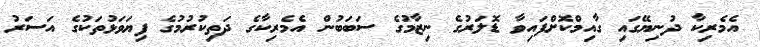
އެމެރިކާ ދުނިޔޭގައި ގާއިމްކޮށްފައިވާ ޑޮލަރުގެ ނިޒާމުގެ ސަބަބުން އެމެރިކާގެ ދަތިކުރުމުގެ ފިޔަވަޅުތަކުގެ އަސަރު